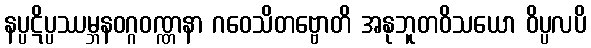
နပ္ပဋိပ္ပဿမ္ဘနဝဂ္ဂဝဏ္ဏနာ ဂဝေသိတဗ္ဗောတိ အနုဘူတဝိသယော ဝိပ္ပလပိ